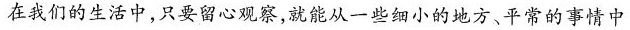
问在我们的生活中，只要留心观察，就能从一些细小的地方、平常的事情中